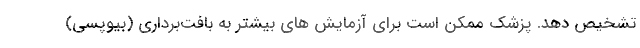
تشخیص دهد. پزشک ممکن است برای آزمایش های بیشتر به بافت‌برداری (بیوپسی)